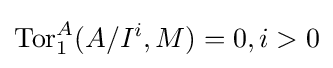
\operatorname {Tor} _{1}^{A}(A/I^{i},M)=0,i>0